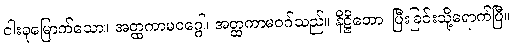
ငါးခုမြောက်သော။ အတ္ထကာမဝဂ္ဂေါ၊ အတ္ထကာမဝဂ်သည်။ နိဋ္ဌိတော၊ ပြီးခြင်းသို့ရောက်ပြီ။